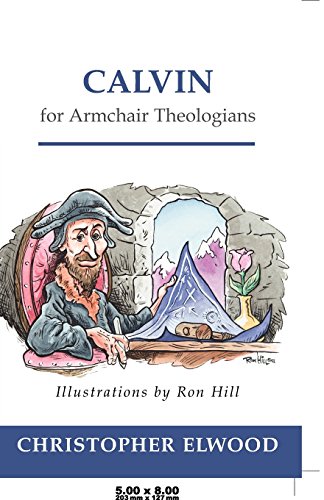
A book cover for Calvin for Armchair Theologians; Christopher Elwood; Christian Books & Bibles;